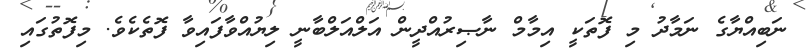
ނަބިއްޔާގެ ނަމާދު މި ފޮތަކީ އިމާމް ނާޞިރުއްދީން އަލްއަލްބާނީ ލިޔުއްވާފައިވާ ފޮތެކެވެ. މިފޮތުގައި